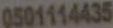
0501114435